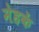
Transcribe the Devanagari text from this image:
मेहकें